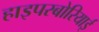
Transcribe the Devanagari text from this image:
हाइपरबोरियाई